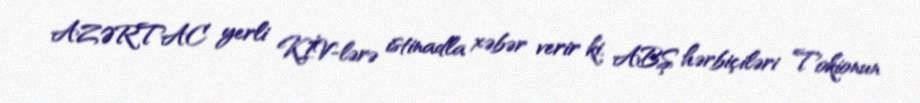
AZƏRTAC yerli KİV-lərə istinadla xəbər verir ki, ABŞ hərbiçiləri Tokionun